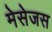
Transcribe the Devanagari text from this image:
मेसेजस